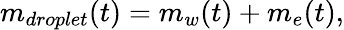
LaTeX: m_{droplet}(t)=m_{w}(t)+m_{e}(t),